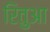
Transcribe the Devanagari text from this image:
रितुआ